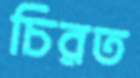
চিরত